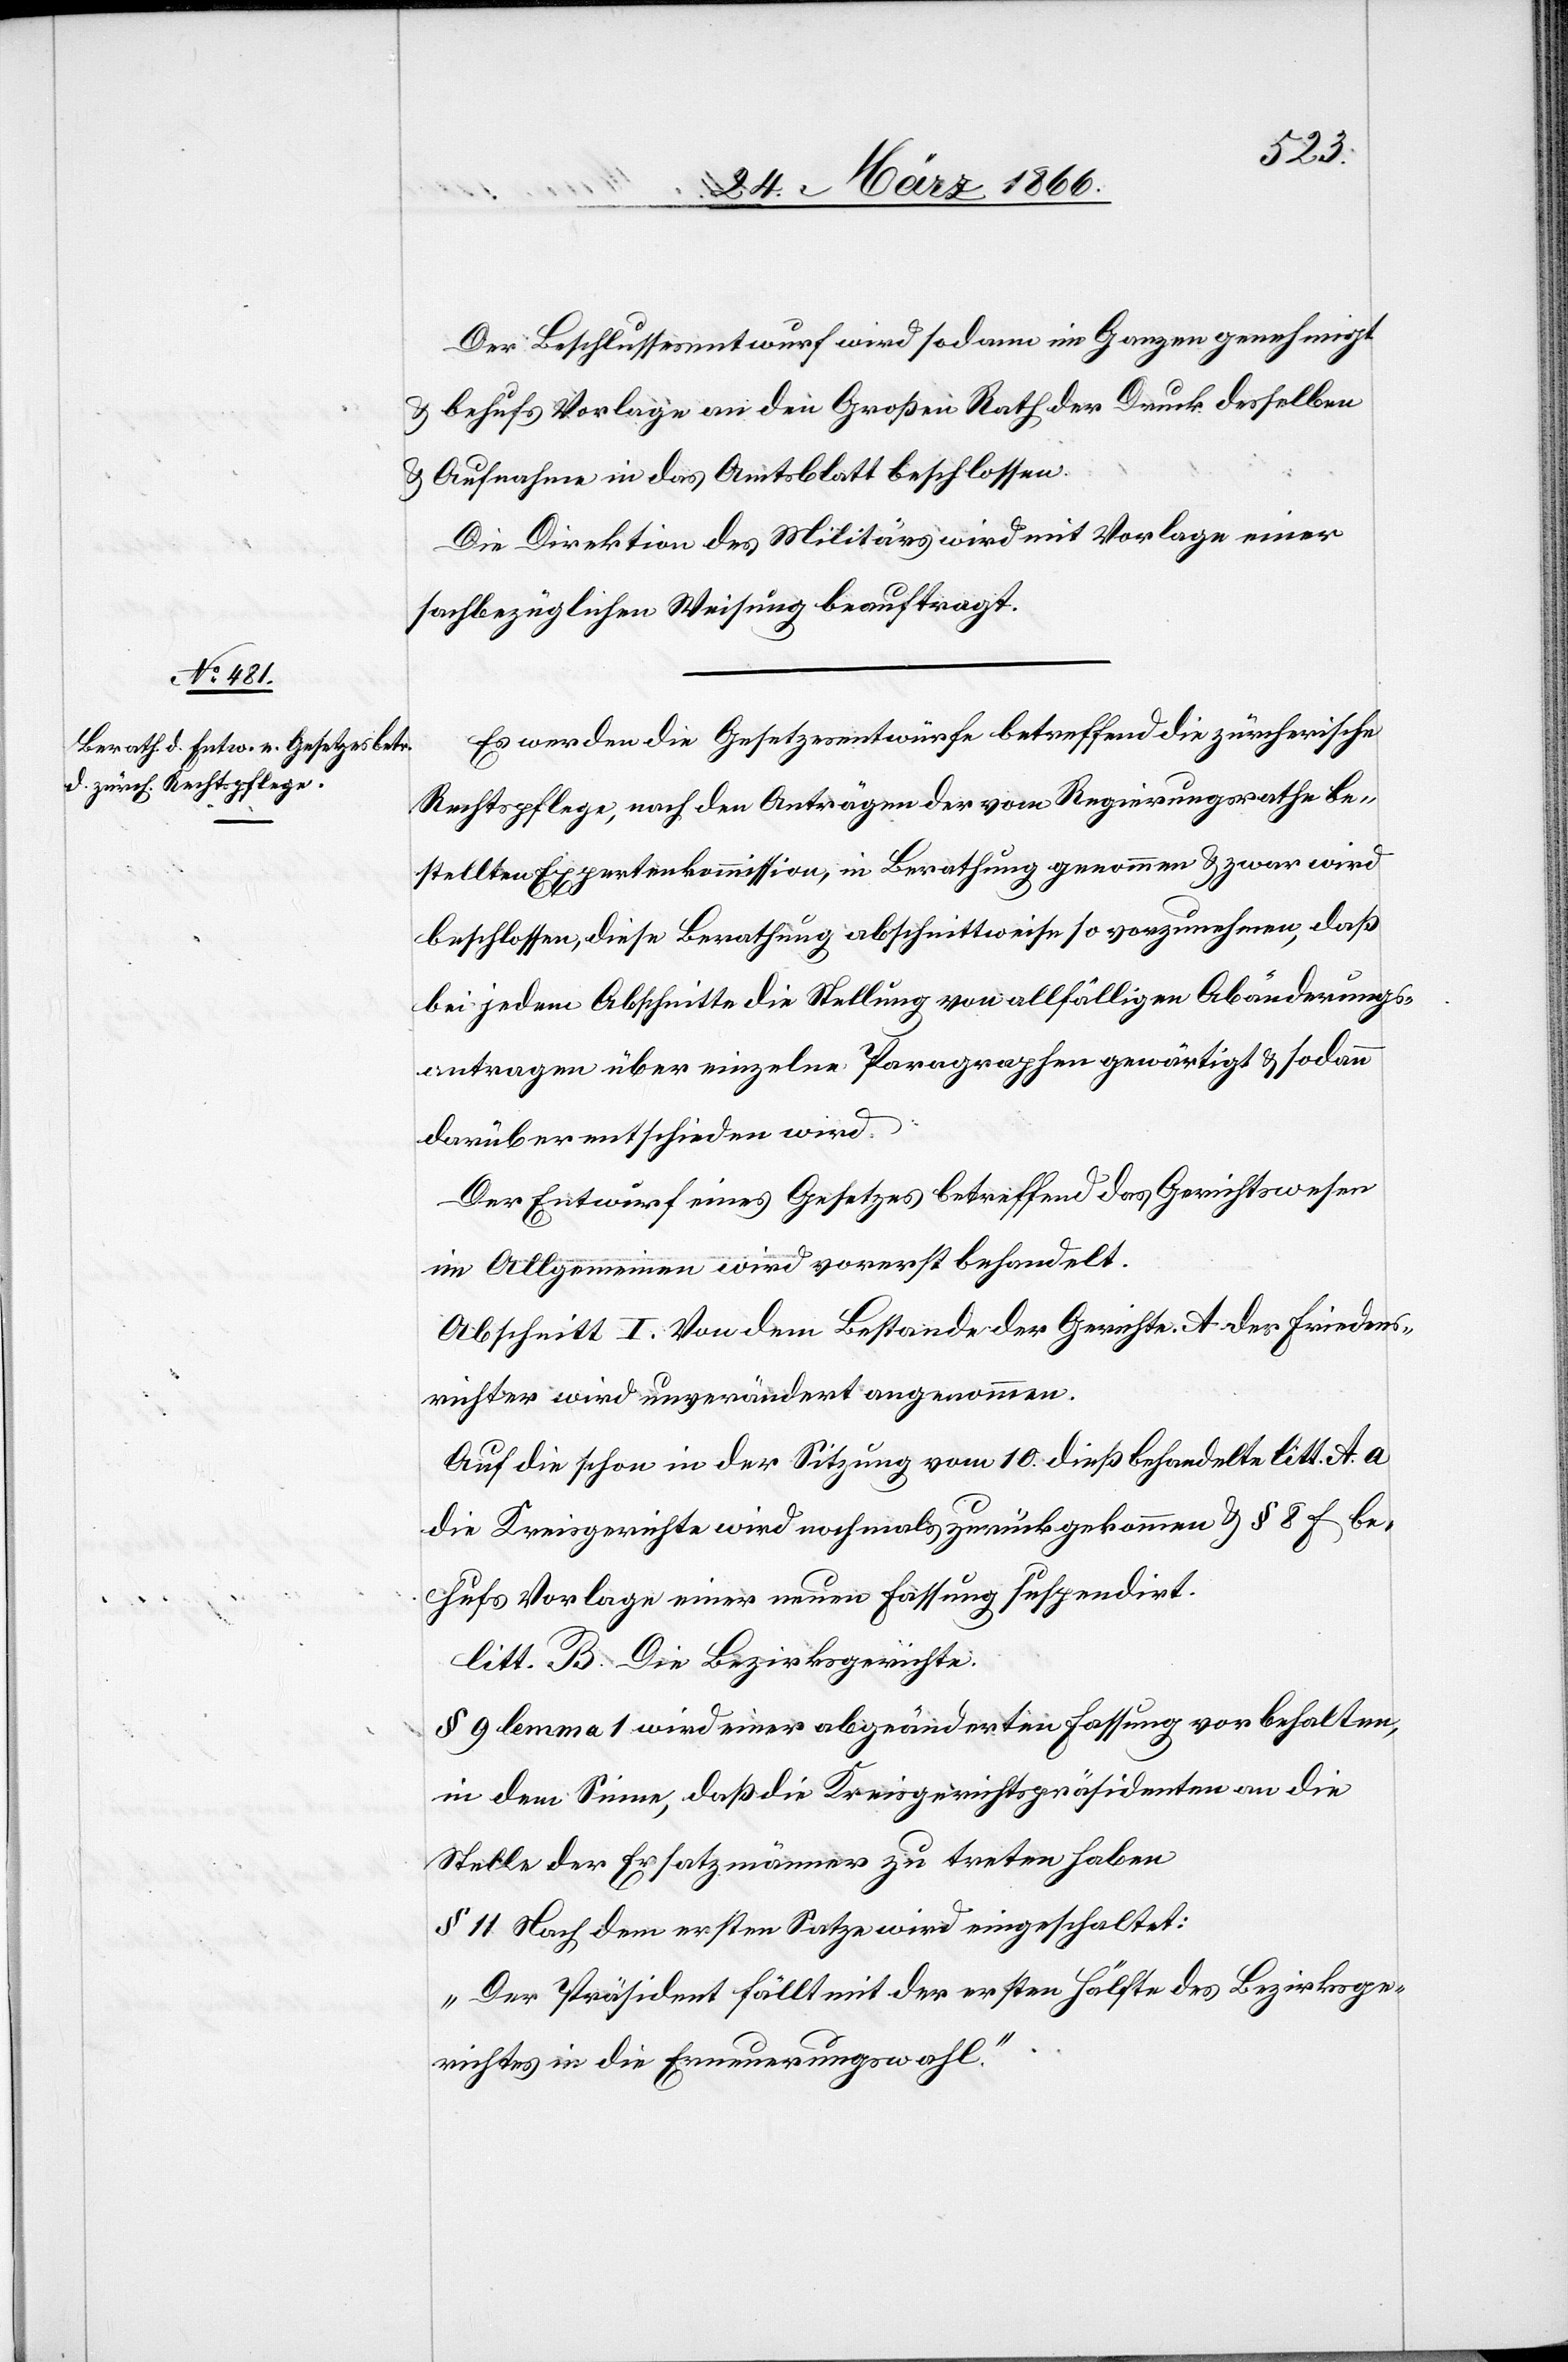
Der Beschlussesentwurf wird sodann im Ganzen genehmigt
u. behufs Vorlage an den Großen Rath der Druck desselben
u. Aufnahme in das Amtsblatt beschlossen.
Die Direktion des Militärs wird mit Vorlage einer
sachbezüglichen Weisung beauftragt.
Es werden die Gesetzesentwürfe betreffend die zürcherische
Rechtspflege, nach den Anträgen der vom Regierungsrathe be¬
stellten Expertenkommission, in Berathung genommen u. zwar wird
beschlossen, diese Berathung abschnittweise so vorzunehmen, daß
bei jedem Abschnitte die Stellung von allfälligen Abänderungs¬
antragen [sic!] über einzelne Paragraphen gewärtigt u. sodann
darüber entschieden wird.
Der Entwurf eines Gesetzes betreffend das Gerichtswesen
im Allgemeinen wird vorerst behandelt.
Abschnitt I. Von dem Bestande der Gerichte. A der Friedens¬
richter wird unverändert angenommen.
Auf die schon in der Sitzung vom 10. dieß behandelte litt. A. a
die Kreisgerichte wird nochmals zurückgekommen u. § 8 f be¬
hufs Vorlage einer neuen Fassung suspendirt.
litt. B. Die Bezirksgerichte.
§ 9 lemma 1 wird einer abgeänderten Fassung vorbehalten,
in dem Sinne, daß die Kreisgerichtspräsidenten an die
Stelle der Ersatzmänner zu treten haben.
§ 11 Nach dem ersten Satze wird eingeschaltet:
„Der Präsident fällt mit der ersten Hälfte des Bezirksge¬
richtes in die Erneuerungswahl.“